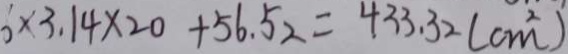
6 \times 3 . 1 4 \times 2 0 + 5 6 . 5 2 = 4 3 3 . 3 2 ( c m ^ { 2 } )